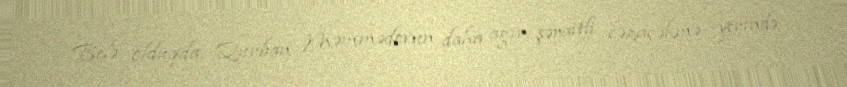
Belə olduqda, Qurban Məmmədovun daha ağır şəraitli cəzaçəkmə yerində